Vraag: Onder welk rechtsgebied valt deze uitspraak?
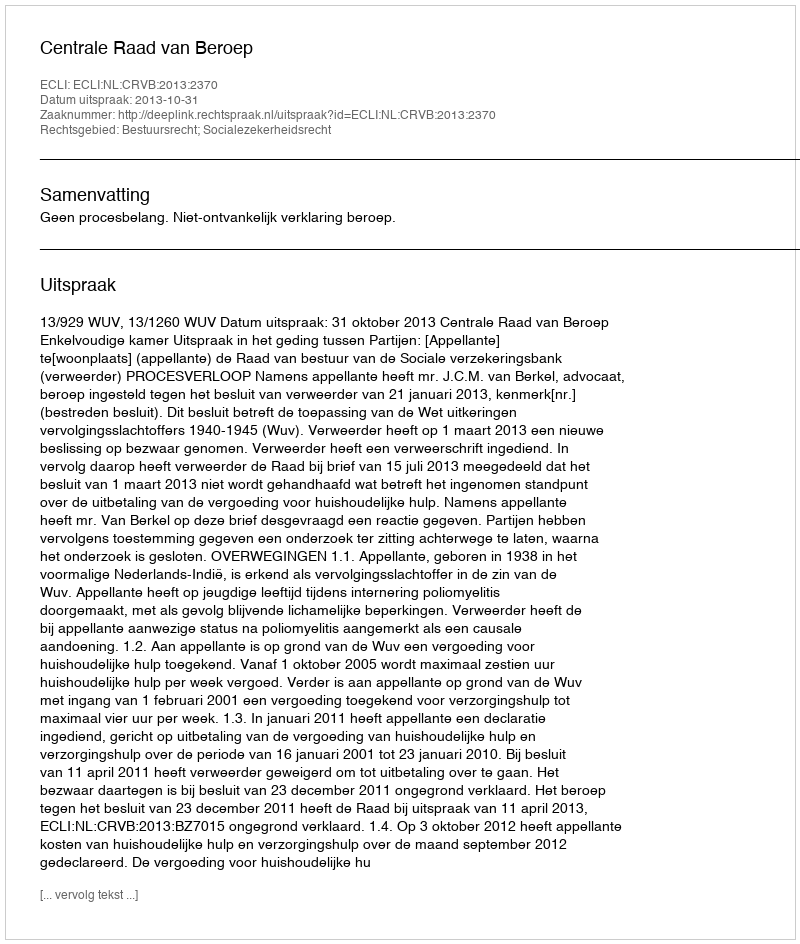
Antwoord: Bestuursrecht; Socialezekerheidsrecht